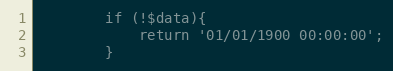
Language: PHP
        if (!$data){
            return '01/01/1900 00:00:00';
        }